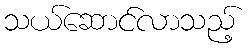
သယ်ဆောင်လာသည့်